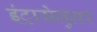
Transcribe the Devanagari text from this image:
इंट्रासेलुलर